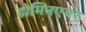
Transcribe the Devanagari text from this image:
डोमिनएयर